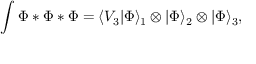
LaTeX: \int \Phi * \Phi * \Phi = \langle V _ { 3 } | \Phi \rangle _ { 1 } \otimes | \Phi \rangle _ { 2 } \otimes | \Phi \rangle _ { 3 } ,